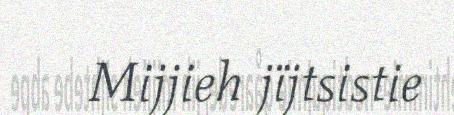
Mijjieh jïjtsistie